Civil Veterinary Dept. Bombay admin report 1914-1922 - 1914-1922
Year: 1914
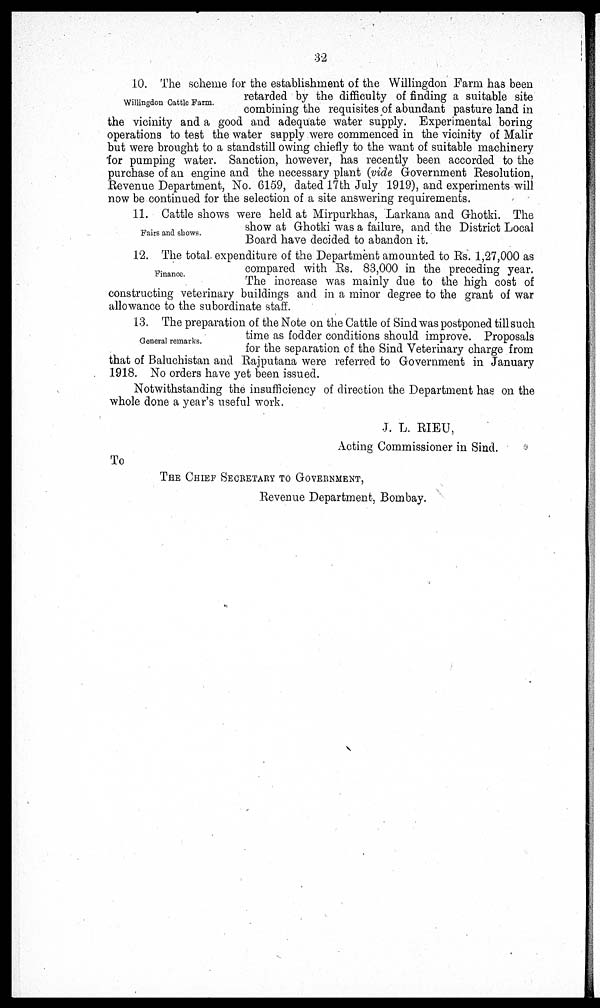
32
Willingdon Cattle Farm.
10. The scheme for the establishment of the Willingdon Farm has been
retarded by the difficulty of finding a suitable site
combining the requisites of abundant pasture land in
the vicinity and a good and adequate water supply. Experimental boring
operations to test the water supply were commenced in the vicinity of Malir
but were brought to a standstill owing chiefly to the want of suitable machinery
for pumping water. Sanction, however, has recently been accorded to the
purchase of an engine and the necessary plant (vide Government Resolution,
Revenue Department, No. 6159, dated 17th July 1919), and experiments will
now be continued for the selection of a site answering requirements.
Fairs and shows.
11. Cattle shows were held at Mirpurkhas, Larkana and Ghotki. The
show at Ghotki was a failure, and the District Local
Board have decided to abandon it.
Finance.
12. The total expenditure of the Department amounted to Rs. 1,27,000 as
compared with Rs. 83,000 in the preceding year.
The increase was mainly due to the high cost of
constructing veterinary buildings and in a minor degree to the grant of war
allowance to the subordinate staff.
General remarks.
13. The preparation of the Note on the Cattle of Sind was postponed till such
time as fodder conditions should improve. Proposals
for the separation of the Sind Veterinary charge from
that of Baluchistan and Rajputana were referred to Government in January
1918. No orders have yet been issued.
Notwithstanding the insufficiency of direction the Department has on the
whole done a year's useful work.
J. L. RIEU,
Acting Commissioner in Sind.
To
THE CHIEF SECRETARY TO GOVERNMENT ,
Revenue Department, Bombay.